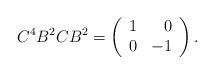
LaTeX: \begin{align*}C^4B^2CB^2=\left( \begin{array}{rr} 1 & 0 \\ 0 & -1 \\ \end{array}\right).\end{align*}